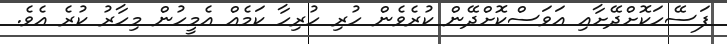
ފަސޭހަކޮށްދޭށާއި އަވަސްކޮށްދޭން ކުރެވެން ހުރި ހުރިހާ ކަމެއް އެމީހުން މިހާރު ކުރެ އެވެ.